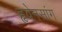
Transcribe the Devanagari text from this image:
हृवेनसांग